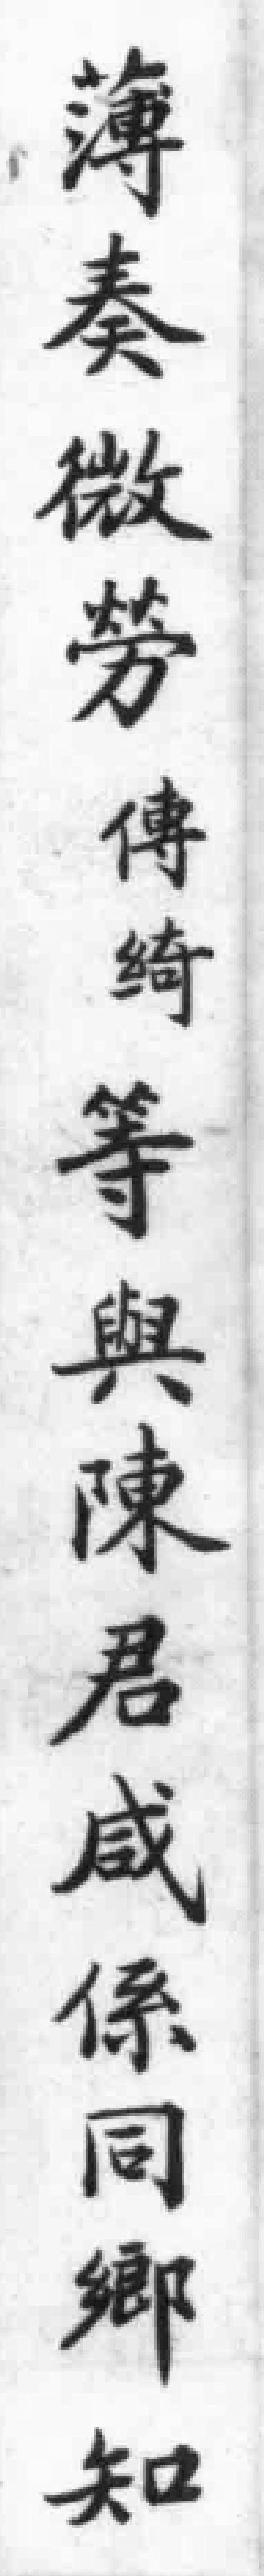
薄奏微劳傳绮等與陳君咸係同鄉知